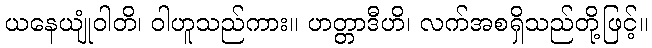
ယနေယျုံဝါတိ၊ ဝါဟူသည်ကား။ ဟတ္တာဒီဟိ၊ လက်အစရှိသည်တို့ဖြင့်။